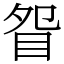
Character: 眢